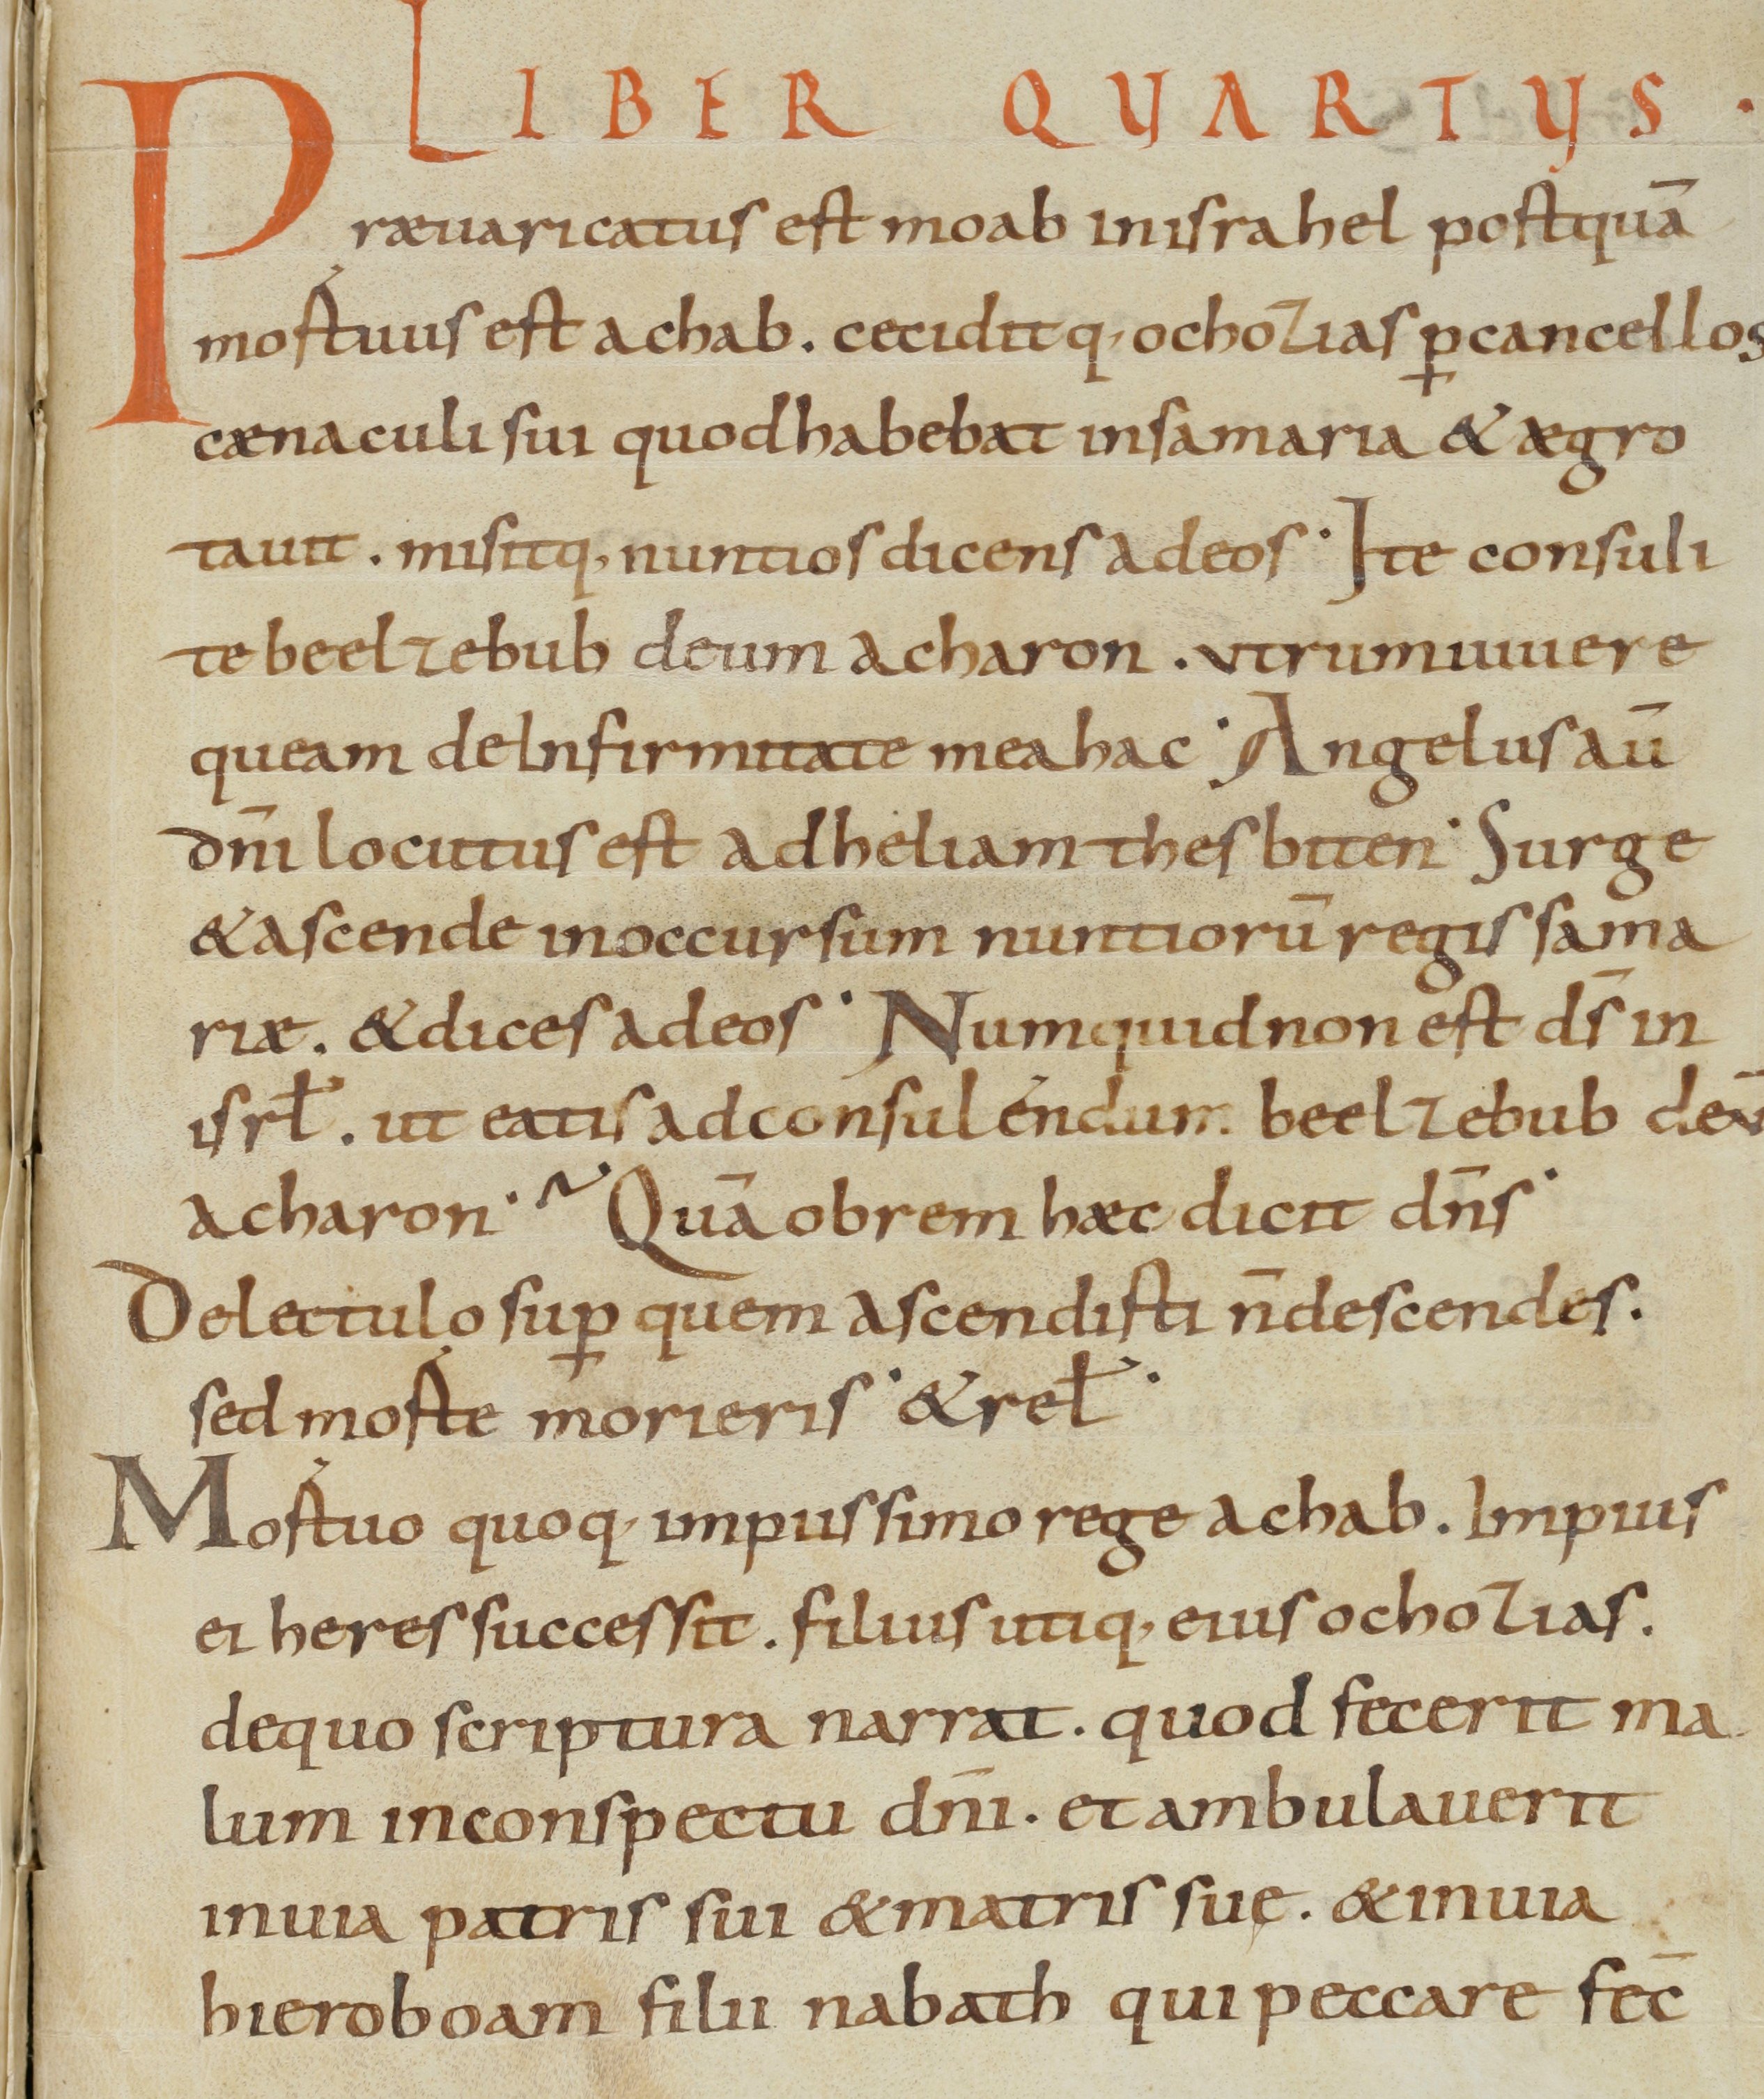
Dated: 800–899